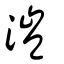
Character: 溰